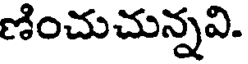
ణించుచున్నవి.